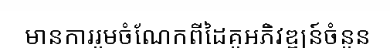
មានការរួមចំណែកពីដៃគូអភិវឌ្ឍន៍ចំនួន